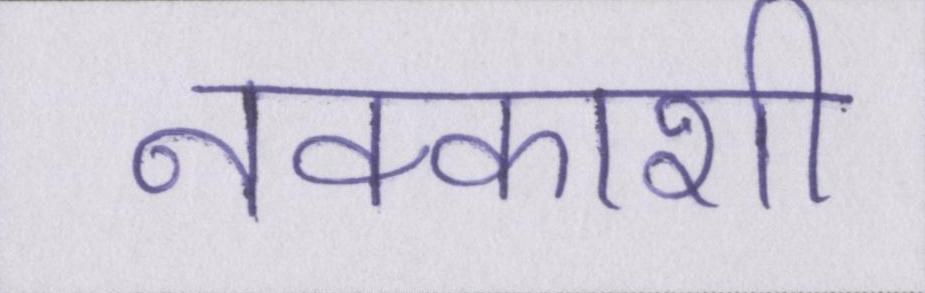
नक्काशी